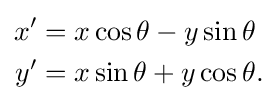
{\begin{aligned}x'&=x\cos \theta -y\sin \theta \\y'&=x\sin \theta +y\cos \theta .\end{aligned}}